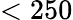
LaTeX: <250